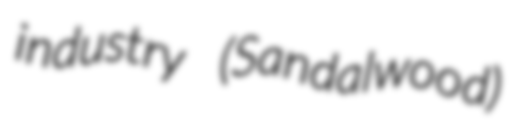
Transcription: industry (Sandalwood)